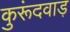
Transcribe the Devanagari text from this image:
कुरूंदवाड़